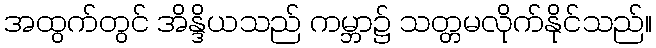
အထွက်တွင် အိန္ဒိယသည် ကမ္ဘာ၌ သတ္တမလိုက်နိုင်သည်။